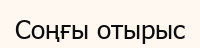
Соңғы отырыс